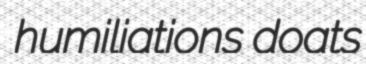
humiliations doats